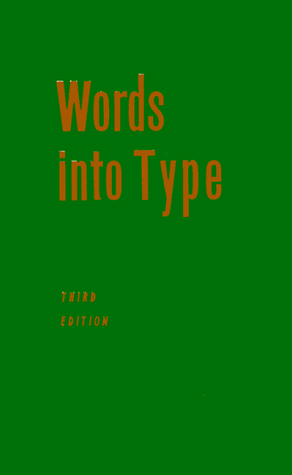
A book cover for Words into Type; Marjorie E. Skillin; Medical Books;